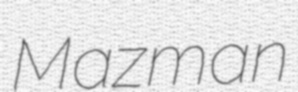
Mazman